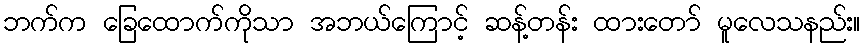
ဘက်က ခြေထောက်ကိုသာ အဘယ်ကြောင့် ဆန့်တန်း ထားတော် မူလေသနည်း။